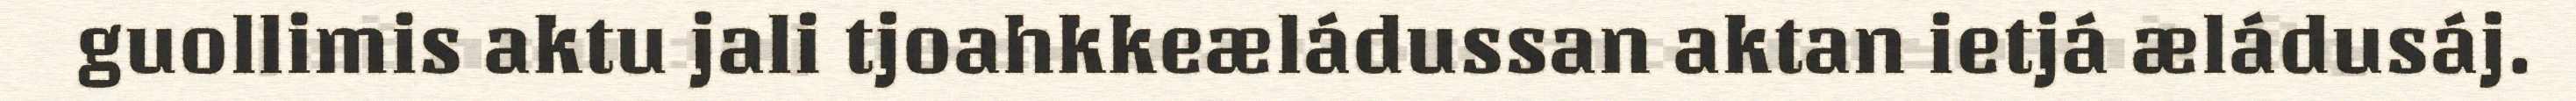
guollimis aktu jali tjoahkkeæládussan aktan ietjá æládusáj.